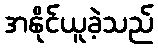
အနိုင်ယူခဲ့သည်